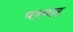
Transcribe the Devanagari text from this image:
पश्चाद्